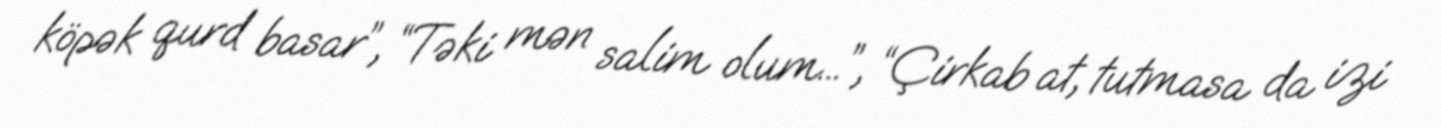
köpək qurd basar”, “Təki mən salim olum...”, “Çirkab at, tutmasa da izi